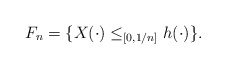
\begin{align*}F_n=\{ X(\cdot) \le_{[0,1/n]} h(\cdot)\}.\end{align*}